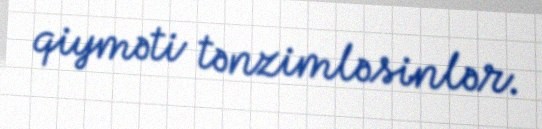
qiyməti tənzimləsinlər.